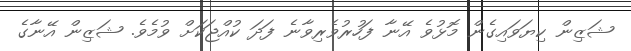
ޝަޒިން ކިޔަވައިގެން މޮޅުވެ އޭނާ ފަހުރުވެރިވާނެ ފަދަ ކުއްޖަކަށް ވުމެވެ. ޝަޒިން އޭނާގެ